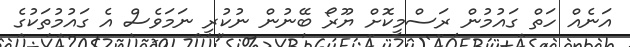
އަނެއް ހަތް ގައުމުން ރަސްމީކޮށް ޔޫރޯ ބޭނުން ނުކުރި ނަމަވެސް އެ ގައުމުތަކުގެ